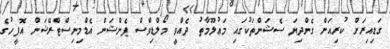
ގަޑިއިރަށް ކުރިއަށް ގެންދިޔަ ސެޝަންތަކުގައި މަޢުލޫމާތު ދެއްވީ މޯލްޑިވްސް ޕެންޝަން އެޑްމިނިސްޓްރޭޝަން އޮފީހުގެ